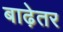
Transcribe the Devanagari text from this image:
बाढ़ेतर